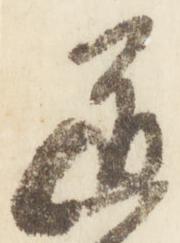
道